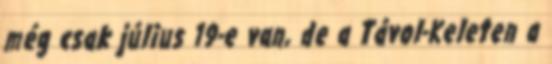
még csak július 19-e van, de a Távol-Keleten a